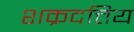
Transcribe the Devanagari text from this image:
शक्रदत्तिय